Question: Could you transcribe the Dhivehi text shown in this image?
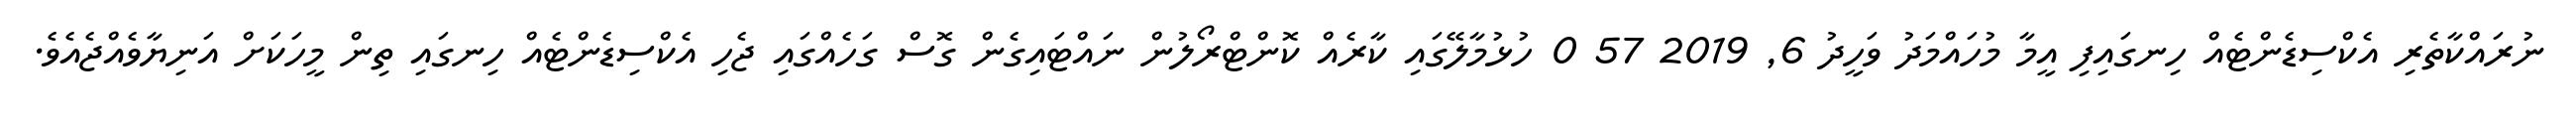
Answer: ނުރައްކާތެރި އެކްސިޑެންޓެއް ހިނގައިފި އީމާ މުހައްމަދު ވަހީދު 6, 2019 57 0 ހުޅުމާލޭގައި ކާރެއް ކޮންޓްރޯލުން ނައްޓައިގެން ގޮސް ގަހެއްގައި ޖެހި އެކްސިޑެންޓެއް ހިނގައި ތިން މީހަކަށް އަނިޔާވެއްޖެއެވެ.